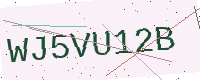
Text: WJ5VU12B